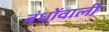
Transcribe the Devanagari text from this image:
बंधोंवाली